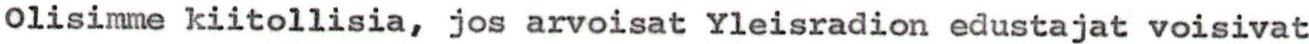
Olisimme kiitollisia, jos arvoisat Yleisradion edustajat voisivat